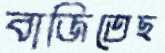
বাজিতেছ